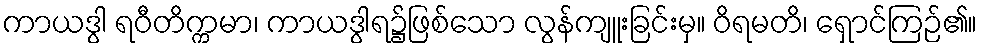
ကာယဒွါ ရဝီတိက္ကမာ၊ ကာယဒွါရ၌ဖြစ်သော လွန်ကျူးခြင်းမှ။ ဝိရမတိ၊ ရှောင်ကြဉ်၏။